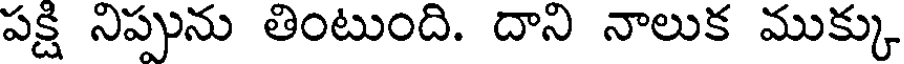
పక్షి నిప్పును తింటుంది. దాని నాలుక ముక్కు